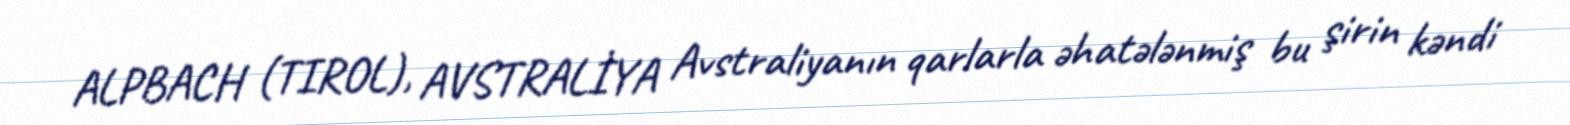
ALPBACH (TIROL), AVSTRALİYA Avstraliyanın qarlarla əhatələnmiş bu şirin kəndi